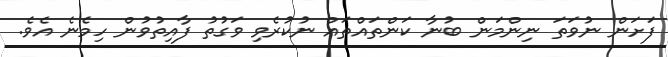
ފަށަން ނުވަތަ ނިންމަން ބުނާ ކަންތައްތައް ނުކުރެވި ވަގުތު ފާއިތުވުން ހިމެނެ އެވެ.